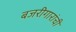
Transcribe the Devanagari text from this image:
बजरीगारांची